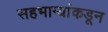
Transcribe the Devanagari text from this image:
सहभाग्यांकडून